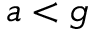
a < g